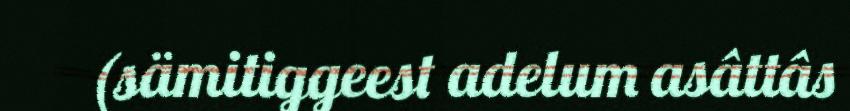
(sämitiggeest adelum asâttâs